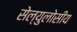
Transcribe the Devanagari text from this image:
सेल्युलोसीय